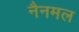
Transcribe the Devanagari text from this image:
नैनमल